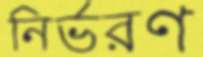
নির্ভরণ